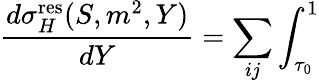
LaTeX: \frac{d\sigma_{H}^{\mathrm{res}}(S,m^{2},Y)}{dY}=\sum_{ij}\int_{\tau_{0}}^{1}